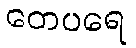
တေပရေ